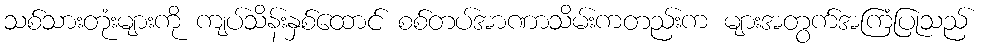
သစ်သားတုံးများကို ကျပ်သိန်းနှစ်ထောင် စစ်တပ်အာဏာသိမ်းကတည်းက များအတွက်အကြံပြုသည်